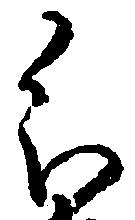
分